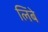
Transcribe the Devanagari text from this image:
लिंबे